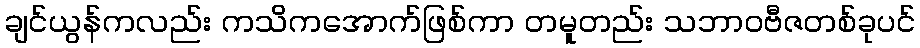
ချင်ယွန်ကလည်း ကသိကအောက်ဖြစ်ကာ တမူတည်း သဘာဝဗီဇတစ်ခုပင်